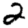
Digit: 2